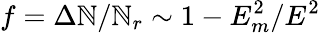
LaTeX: f=\Delta\mathbb{N}/\mathbb{N}_{r}\sim1-E_{m}^{2}/E^{2}